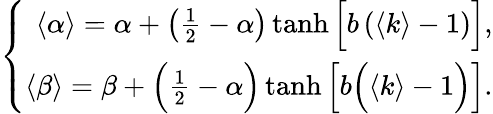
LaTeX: \left\{ \begin{array}{r}{\langle\alpha\rangle=\alpha+\left(\frac{1}{2}-\alpha\right)\operatorname{tanh}\Big[b\left(\langle k\rangle-1\right)\Big],}\\ {\langle\beta\rangle=\beta+\Big(\frac{1}{2}-\alpha\Big)\operatorname{tanh}\Big[b\Big(\langle k\rangle-1\Big)\Big].}\end{array}\right.